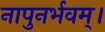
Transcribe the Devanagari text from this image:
नापुनर्भवम्।